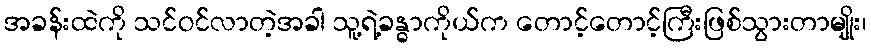
အခန်းထဲကို သင်ဝင်လာတဲ့အခါ သူ့ရဲ့ခန္ဓာကိုယ်က တောင့်တောင့်ကြီးဖြစ်သွားတာမျိုး၊